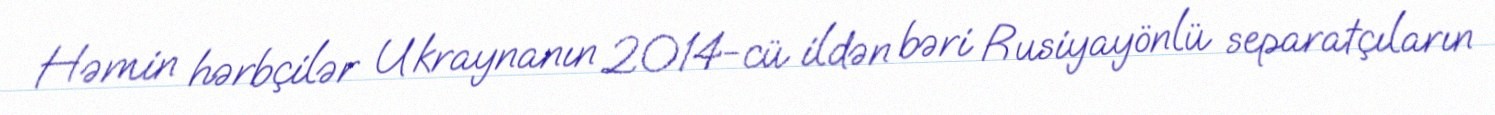
Həmin hərbçilər Ukraynanın 2014-cü ildən bəri Rusiyayönlü separatçıların